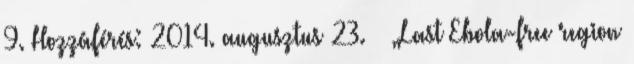
9. Hozzáférés: 2014. augusztus 23. ↑ „Last Ebola-free region